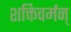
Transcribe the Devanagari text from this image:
शक्तिवर्मन्‌